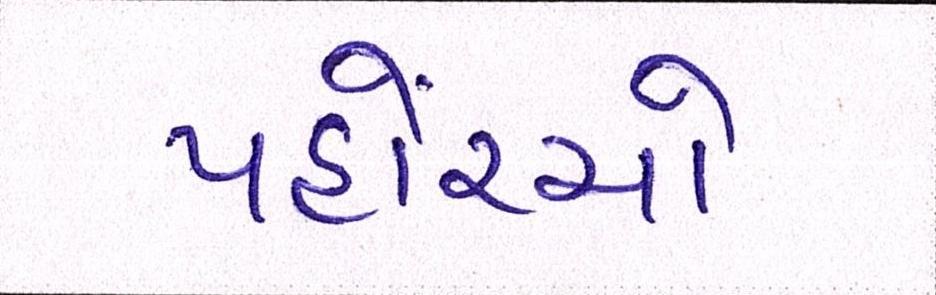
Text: પહોંચ્યો